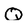
Character: Q